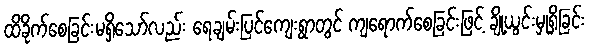
ထိခိုက်စေခြင်းမရှိသော်လည်း ရေချမ်းပြင်ကျေးရွာတွင် ကျရောက်စေခြင်းဖြင့် ချို့ယွင်းမှုရှိခြင်း